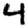
Digit: 4